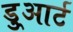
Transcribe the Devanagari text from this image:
डु्आर्ट